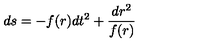
d s = - f ( r ) d t ^ { 2 } + \frac { d r ^ { 2 } } { f ( r ) }